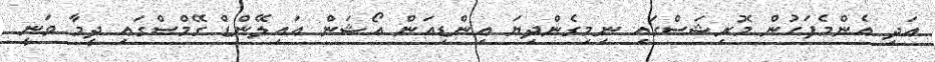
އަދި އެންމެފަހުން މޮރިޝަސްގައި ނިމިގެންދިޔަ އިންޑިއަން އޯޝަން އައިލޭންޑް ގޭމްސްގައި ދީމާ ވަނީ